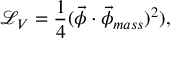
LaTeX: \mathcal { L } _ { V } = \frac { 1 } { 4 } ( \vec { \phi } \cdot \vec { \phi } _ { m a s s } ) ^ { 2 } ) ,